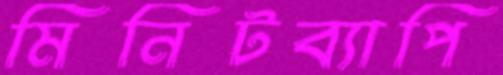
মিনিটব্যাপি